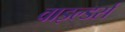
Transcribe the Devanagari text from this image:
वाइल्डर्स